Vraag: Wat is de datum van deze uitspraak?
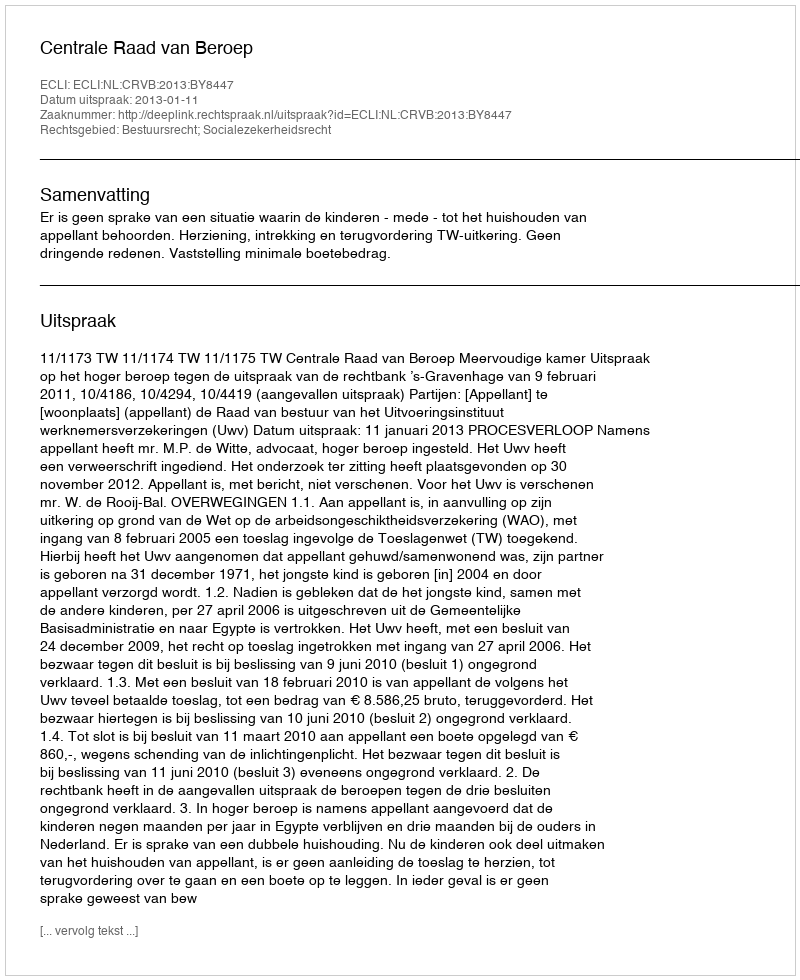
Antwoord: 2013-01-11